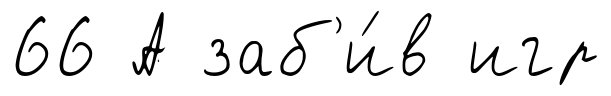
66 А заб'и́в игр